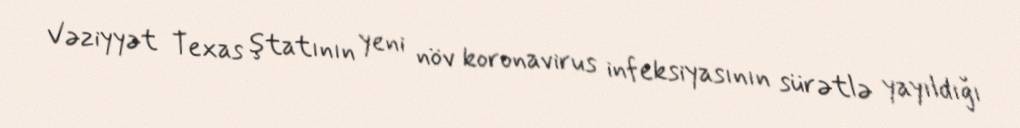
Vəziyyət Texas ştatının yeni növ koronavirus infeksiyasının sürətlə yayıldığı